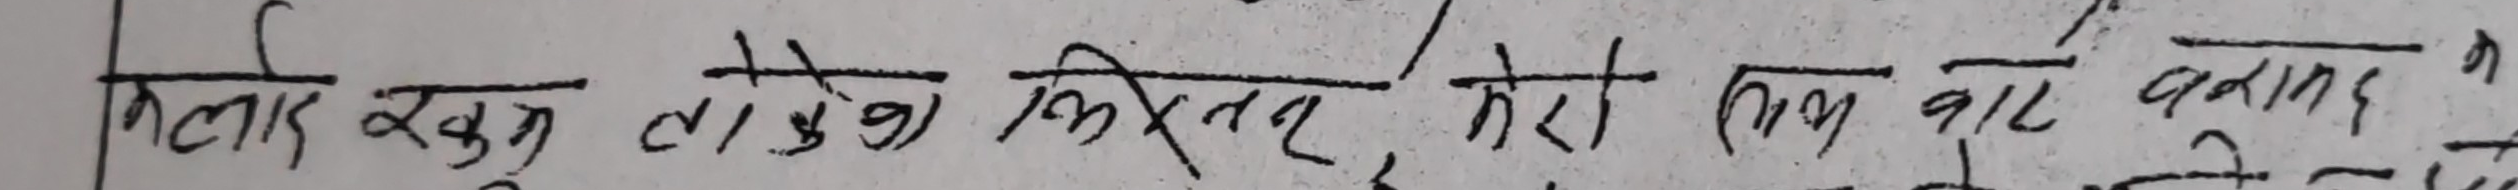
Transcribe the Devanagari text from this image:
मेरो खुन तातेको छ। कम रात बनाम